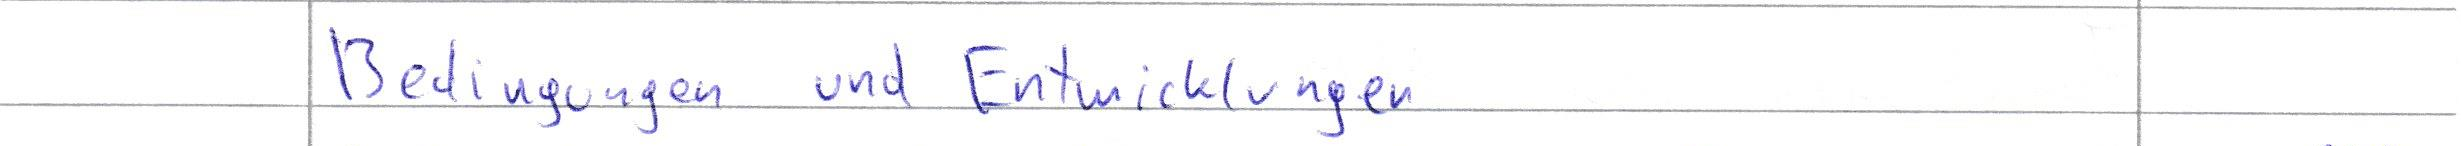
Bedingungen und Entwicklungen